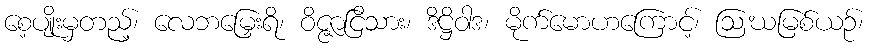
စေ့ပျိုးမှတည့်၊ လေဘမြှေးရိ၊ ဝိဇ္ဇာငြိသား၊ ဒိဋ္ဌိဝါဒ၊ မိုက်မောဟကြောင့်၊ ဩဃမြစ်ယဉ်၊